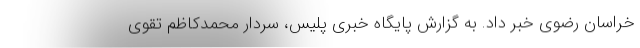
خراسان رضوی خبر داد. به گزارش پایگاه خبری پلیس، سردار محمدکاظم تقوی